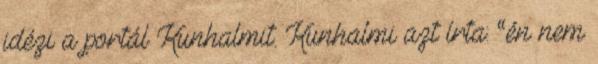
idézi a portál Kunhalmit. Kunhalmi azt írta: “én nem